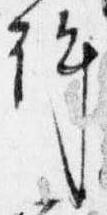
許